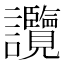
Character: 𧮤